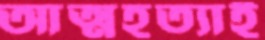
আত্মহত্যাই